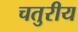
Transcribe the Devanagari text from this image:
चतुरीय